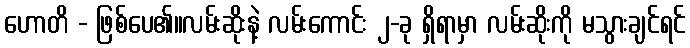
ဟောတိ - ဖြစ်ပေ၏။လမ်းဆိုးနဲ့ လမ်းကောင်း ၂-ခု ရှိရာမှာ လမ်းဆိုးကို မသွားချင်ရင်